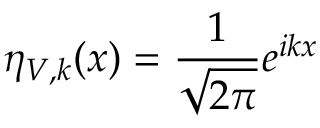
\eta _ { V , k } ( x ) = \frac { 1 } { \sqrt { 2 \pi } } e ^ { i k x }